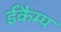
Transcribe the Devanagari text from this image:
ईकैम्प